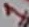
Text: 1